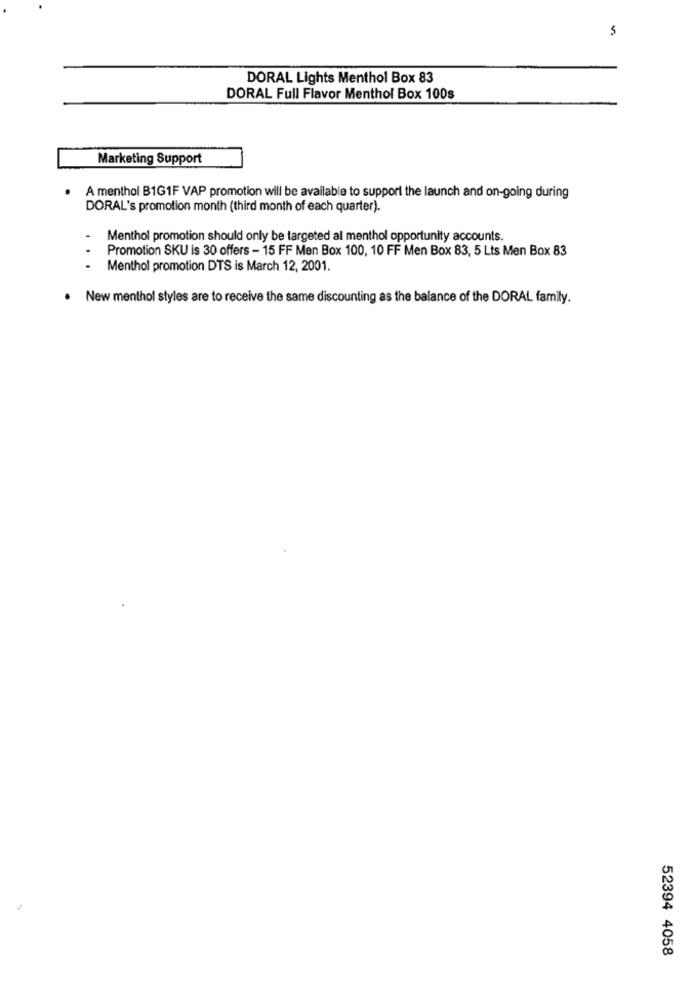
5
DORAL Lights Menthol Box 83
DORAL Full Flavor Menthol Box 100s
Marketing Support
A menthol B1GIF VAP promotion will be available to support the launch and on-going during
DORAL's promotion month (third month of each quarter).
Menthol promotion should only be targeted al menthol opportunity accounts.
Promotion SKU is 30 offers - 15 FF Men Box 100, 10 FF Men Box 83, 5 Lts Men Box 83
Menthol promotion DTS is March 12, 2001.
..
New menthol styles are to receive the same discounting as the balance of the DORAL family.
52394 4058